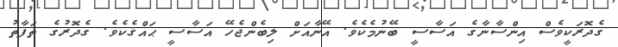
ގެދޮރަކީވެސް އިންސާނާގެ އަސާސީ ބޭނުމެކެވެ. އޭނާއަށް ލިބެންޖެހޭ އަސާސީ ޙައްޤެކެވެ. ގެދޮރުގެ ތަފާތު